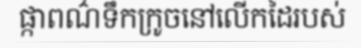
ផ្កាពណ៌ទឹកក្រូចនៅលើកដៃរបស់